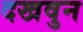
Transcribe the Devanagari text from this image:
दखवुन